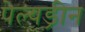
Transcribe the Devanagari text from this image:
पेल्यड्रीन